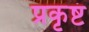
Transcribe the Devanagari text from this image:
प्रकृष्टं